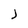
Character: j